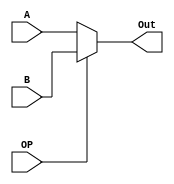
module mux1b16(
	input [15:0] A,
	input [15:0] B,
	input [0:0] OP,
	output reg [15:0] Out
);


always @(A, B, OP) begin
	if(OP==1'b0)
		Out <= A; 
	else
		Out <= B;
end

endmodule